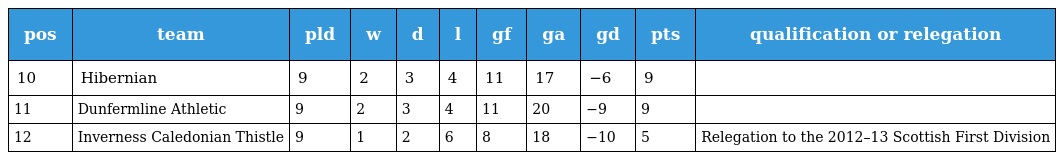
| pos | team | pld | w | d | l | gf | ga | gd | pts | qualification or relegation |
 | --- | --- | --- | --- | --- | --- | --- | --- | --- | --- | --- |
 | 10 | Hibernian | 9 | 2 | 3 | 4 | 11 | 17 | −6 | 9 |  |
 | 11 | Dunfermline Athletic | 9 | 2 | 3 | 4 | 11 | 20 | −9 | 9 |  |
 | 12 | Inverness Caledonian Thistle | 9 | 1 | 2 | 6 | 8 | 18 | −10 | 5 | Relegation to the 2012–13 Scottish First Division |